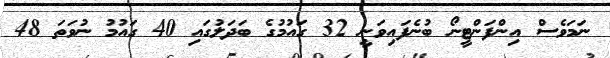
ނަމަވެސް އިންފަންޓީނޯ ބުނެފައިވަނީ 32 ގައުމުގެ ބަދަލުގައި 40 ގައުމު ނުވަތަ 48